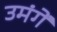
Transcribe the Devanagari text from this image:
उमंगें